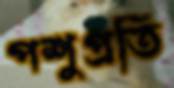
পশুপ্রতি